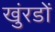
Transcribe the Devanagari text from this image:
खुंरडों